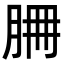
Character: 𦚻